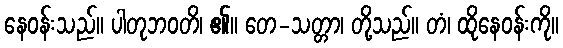
နေဝန်းသည်။ ပါတုဘဝတိ၊ ၏။ တေ-သတ္တာ၊ တို့သည်။ တံ၊ ထိုနေဝန်းကို။